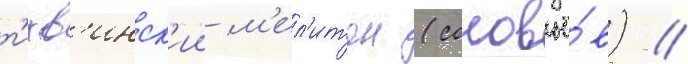
т'ихв'инск'ии м'ел'итон (соловьё́в) //